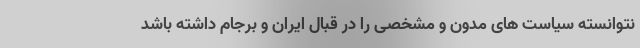
نتوانسته سیاست های مدون و مشخصی را در قبال ایران و برجام داشته باشد